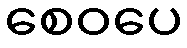
စေဝပေ